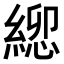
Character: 𮈯